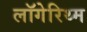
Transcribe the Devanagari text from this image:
लॉगेरिथ्म